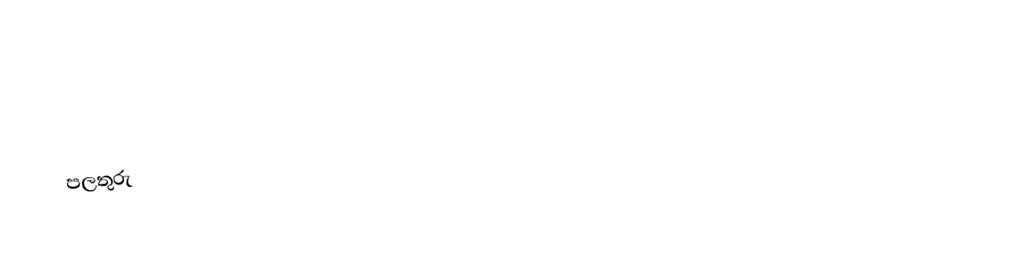
පලතුරු